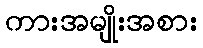
ကားအမျိုးအစား